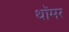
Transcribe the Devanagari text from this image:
थॉमर